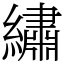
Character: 繡